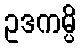
ဥဒကမ္ပိ